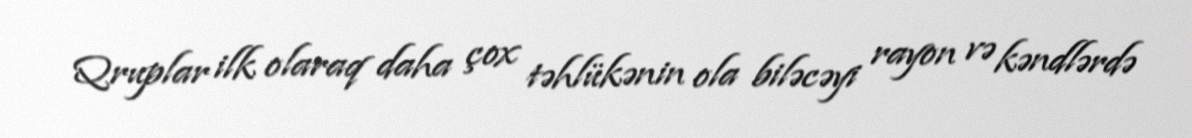
Qruplar ilk olaraq daha çox təhlükənin ola biləcəyi rayon və kəndlərdə